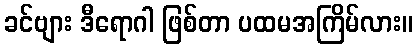
ခင်ဗျား ဒီရောဂါ ဖြစ်တာ ပထမအကြိမ်လား။